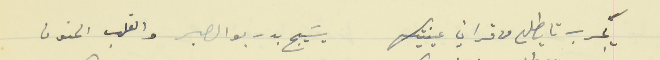
يجرب تا يطلع من قراني عينتيك                                    يسَيج بدربو الصبر والقلب الحنون